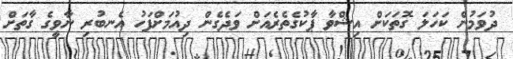
ދުވަމުން ކަހަލަ ގޮތަކަށް އިޝްވާ ޕާކުގެތެރެއަށް ވަދެގެން ދިއުމަށްފަހު އެނބުރި ނާވީގެ ގާތަށް